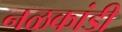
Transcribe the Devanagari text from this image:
नळकांडी